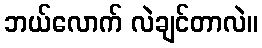
ဘယ်လောက် လဲချင်တာလဲ။